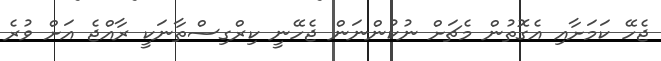
ޖެހޭ ކަމަށާއި އެގޮތުން މެޗަށް ނުކުންނަން ޖެހޭނީ ކިރްގިސްތާނަކީ ރާއްޖެ އަށް ވުރެ